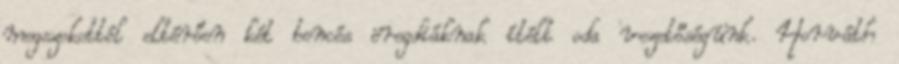
megszokottól eltérően két bencés öregdiáknak ítélt oda vezetőségünk. Horváth